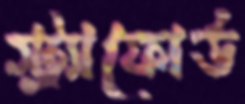
স্ট্র্যাফোর্ড